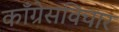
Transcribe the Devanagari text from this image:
काँग्रेसविचार